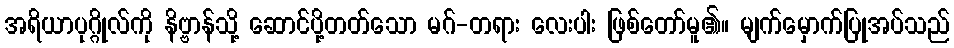
အရိယာပုဂ္ဂိုလ်ကို နိဗ္ဗာန်သို့ ဆောင်ပို့တတ်သော မဂ်-တရား လေးပါး ဖြစ်တော်မူ၏။ မျက်မှောက်ပြုအပ်သည်